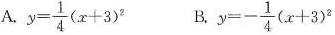
A.$$y= \frac{1}{4}(x+3)^{2}$$ B.$$y=- \frac{1}{4}(x+3)^{2}$$